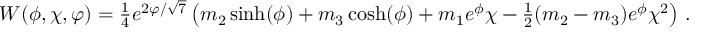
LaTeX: W ( \phi , \chi , \varphi ) = { \textstyle { \frac { 1 } { 4 } } } e ^ { 2 \varphi / \sqrt { 7 } } \left( m _ { 2 } \sinh ( \phi ) + m _ { 3 } \cosh ( \phi ) + m _ { 1 } e ^ { \phi } \chi - { \textstyle { \frac { 1 } { 2 } } } ( m _ { 2 } - m _ { 3 } ) e ^ { \phi } \chi ^ { 2 } \right) \, .